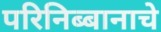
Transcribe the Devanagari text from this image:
परिनिब्बानाचे